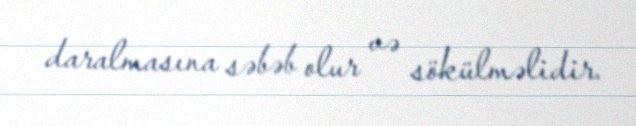
daralmasına səbəb olur və sökülməlidir.